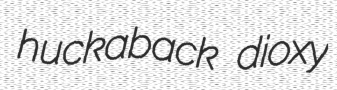
huckaback dioxy